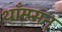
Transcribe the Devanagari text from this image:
थाँम्प्सन्